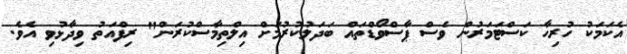
އެކަމަކު ހުރިހާ ކަސްޓަމަރުން ވެސް ޕާސްވޯޑްތައް ބަދަލުކުރުމަށް އިލްތިމާސްކުރަން" ރިފްއަތު ވިދާޅުވި އެވެ.